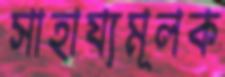
সাহায্যমূলক